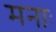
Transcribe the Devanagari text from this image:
मनाः